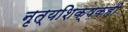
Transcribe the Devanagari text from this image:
नृत्यशिक्षकही